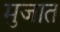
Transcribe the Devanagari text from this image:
मुजात